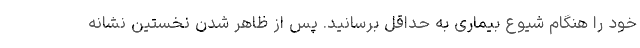
خود را هنگام شیوع بیماری به حداقل برسانید. پس از ظاهر شدن نخستین نشانه